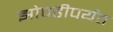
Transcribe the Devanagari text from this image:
झोपडीपर्यंत